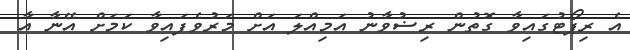
އެ ރިޕޯޓުގައިވާ ގޮތުން ރިޟުވާނު އަމިއްލަ އަށް މަރުވެފައިވާ ކަމަށް އޭނާ އާ